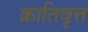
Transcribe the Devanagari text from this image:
क्रातिवृत्त